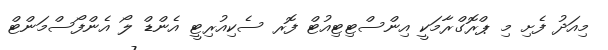
މިއަދު ފެށި މި ޕްރޮގްރާމަކީ އިންސްޓިޓިއުޓް ފޮރ ސެކިއުރިޓީ އެންޑް ލޯ އެންފޯސްމަންޓް